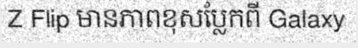
Z Flip មានភាពខុសប្លែកពី Galaxy